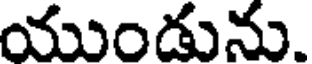
యుండును.